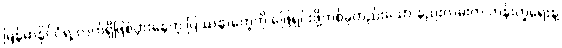
မြန်မာနိုင်ငံရဲ့ လက်ရှိဖြစ်ပွားနေတဲ့ ပြဿနာတွေကို ဖြေရှင်းဖို့တစ်ခုတည်းသော နည်းလမ်းက တန်းတူရေးနဲ့